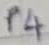
Text: P4